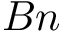
B n